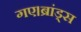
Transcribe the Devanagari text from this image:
गए।ब्रांड्स